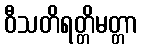
ဝီသတိရတ္တိမတ္တာ